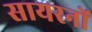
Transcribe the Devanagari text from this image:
सायरनों